38_143685_box7_Incident_Summaries_1-100
Agency: Department of War
Page 45
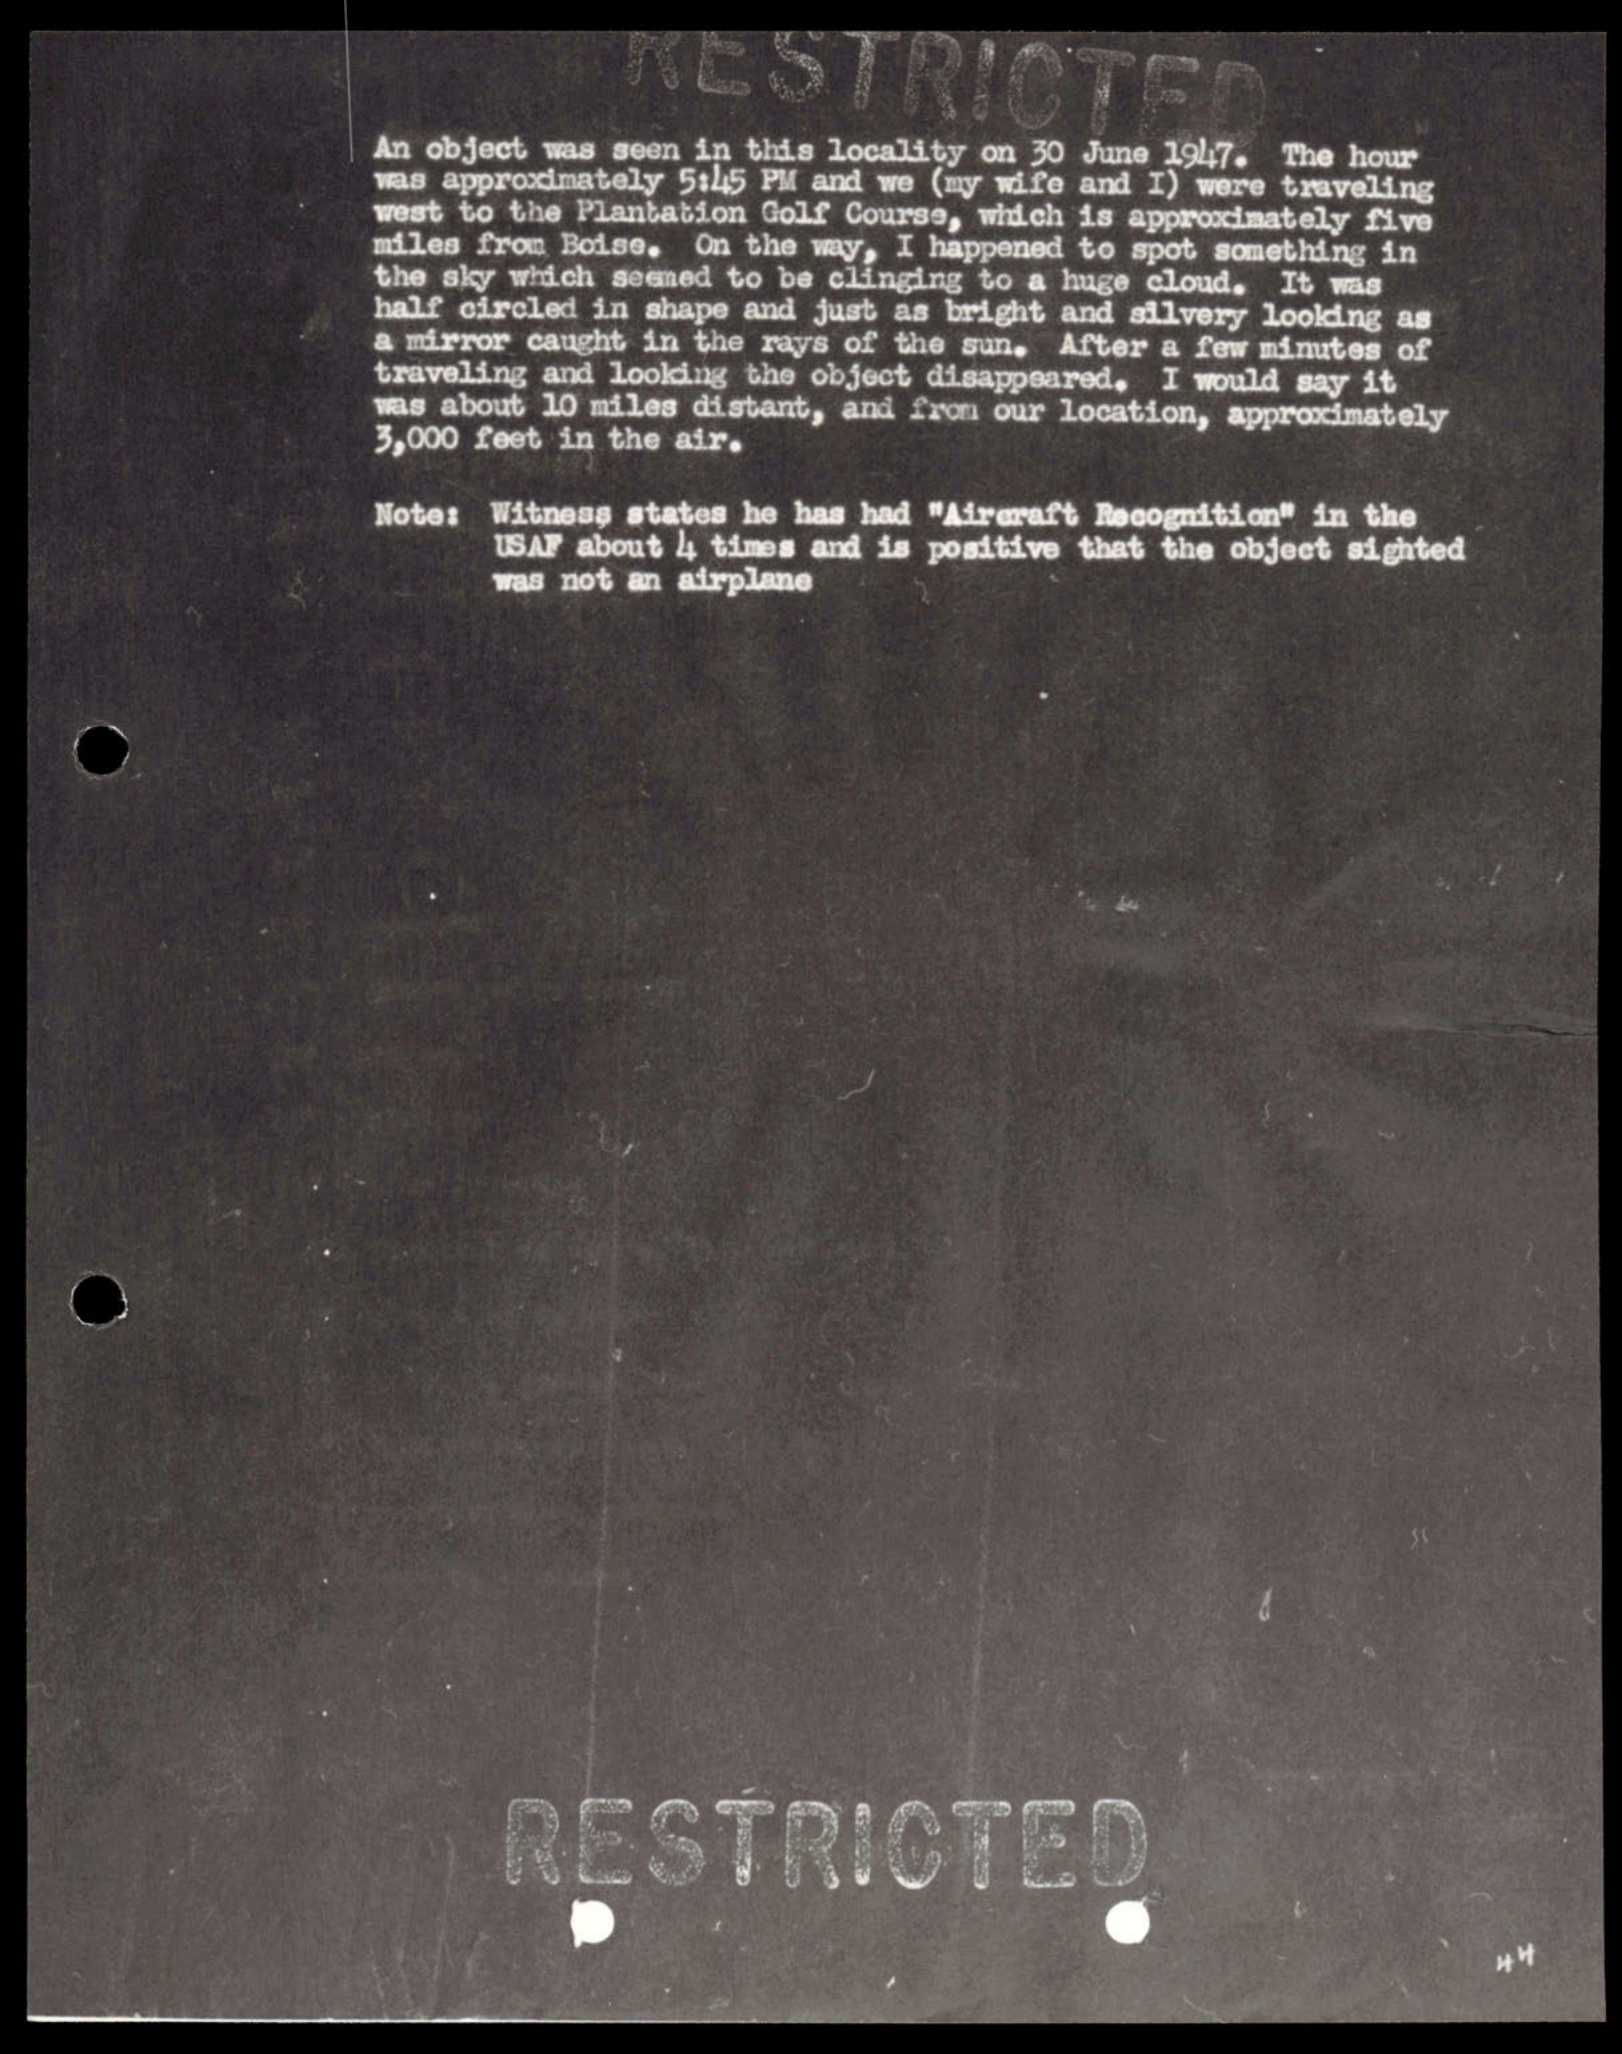